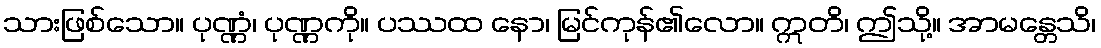
သားဖြစ်သော။ ပုဏ္ဏံ၊ ပုဏ္ဏကို။ ပဿထ နော၊ မြင်ကုန်၏လော။ ဣတိ၊ ဤသို့။ အာမန္တေသိ၊